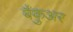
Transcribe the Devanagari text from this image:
बैंकुअर